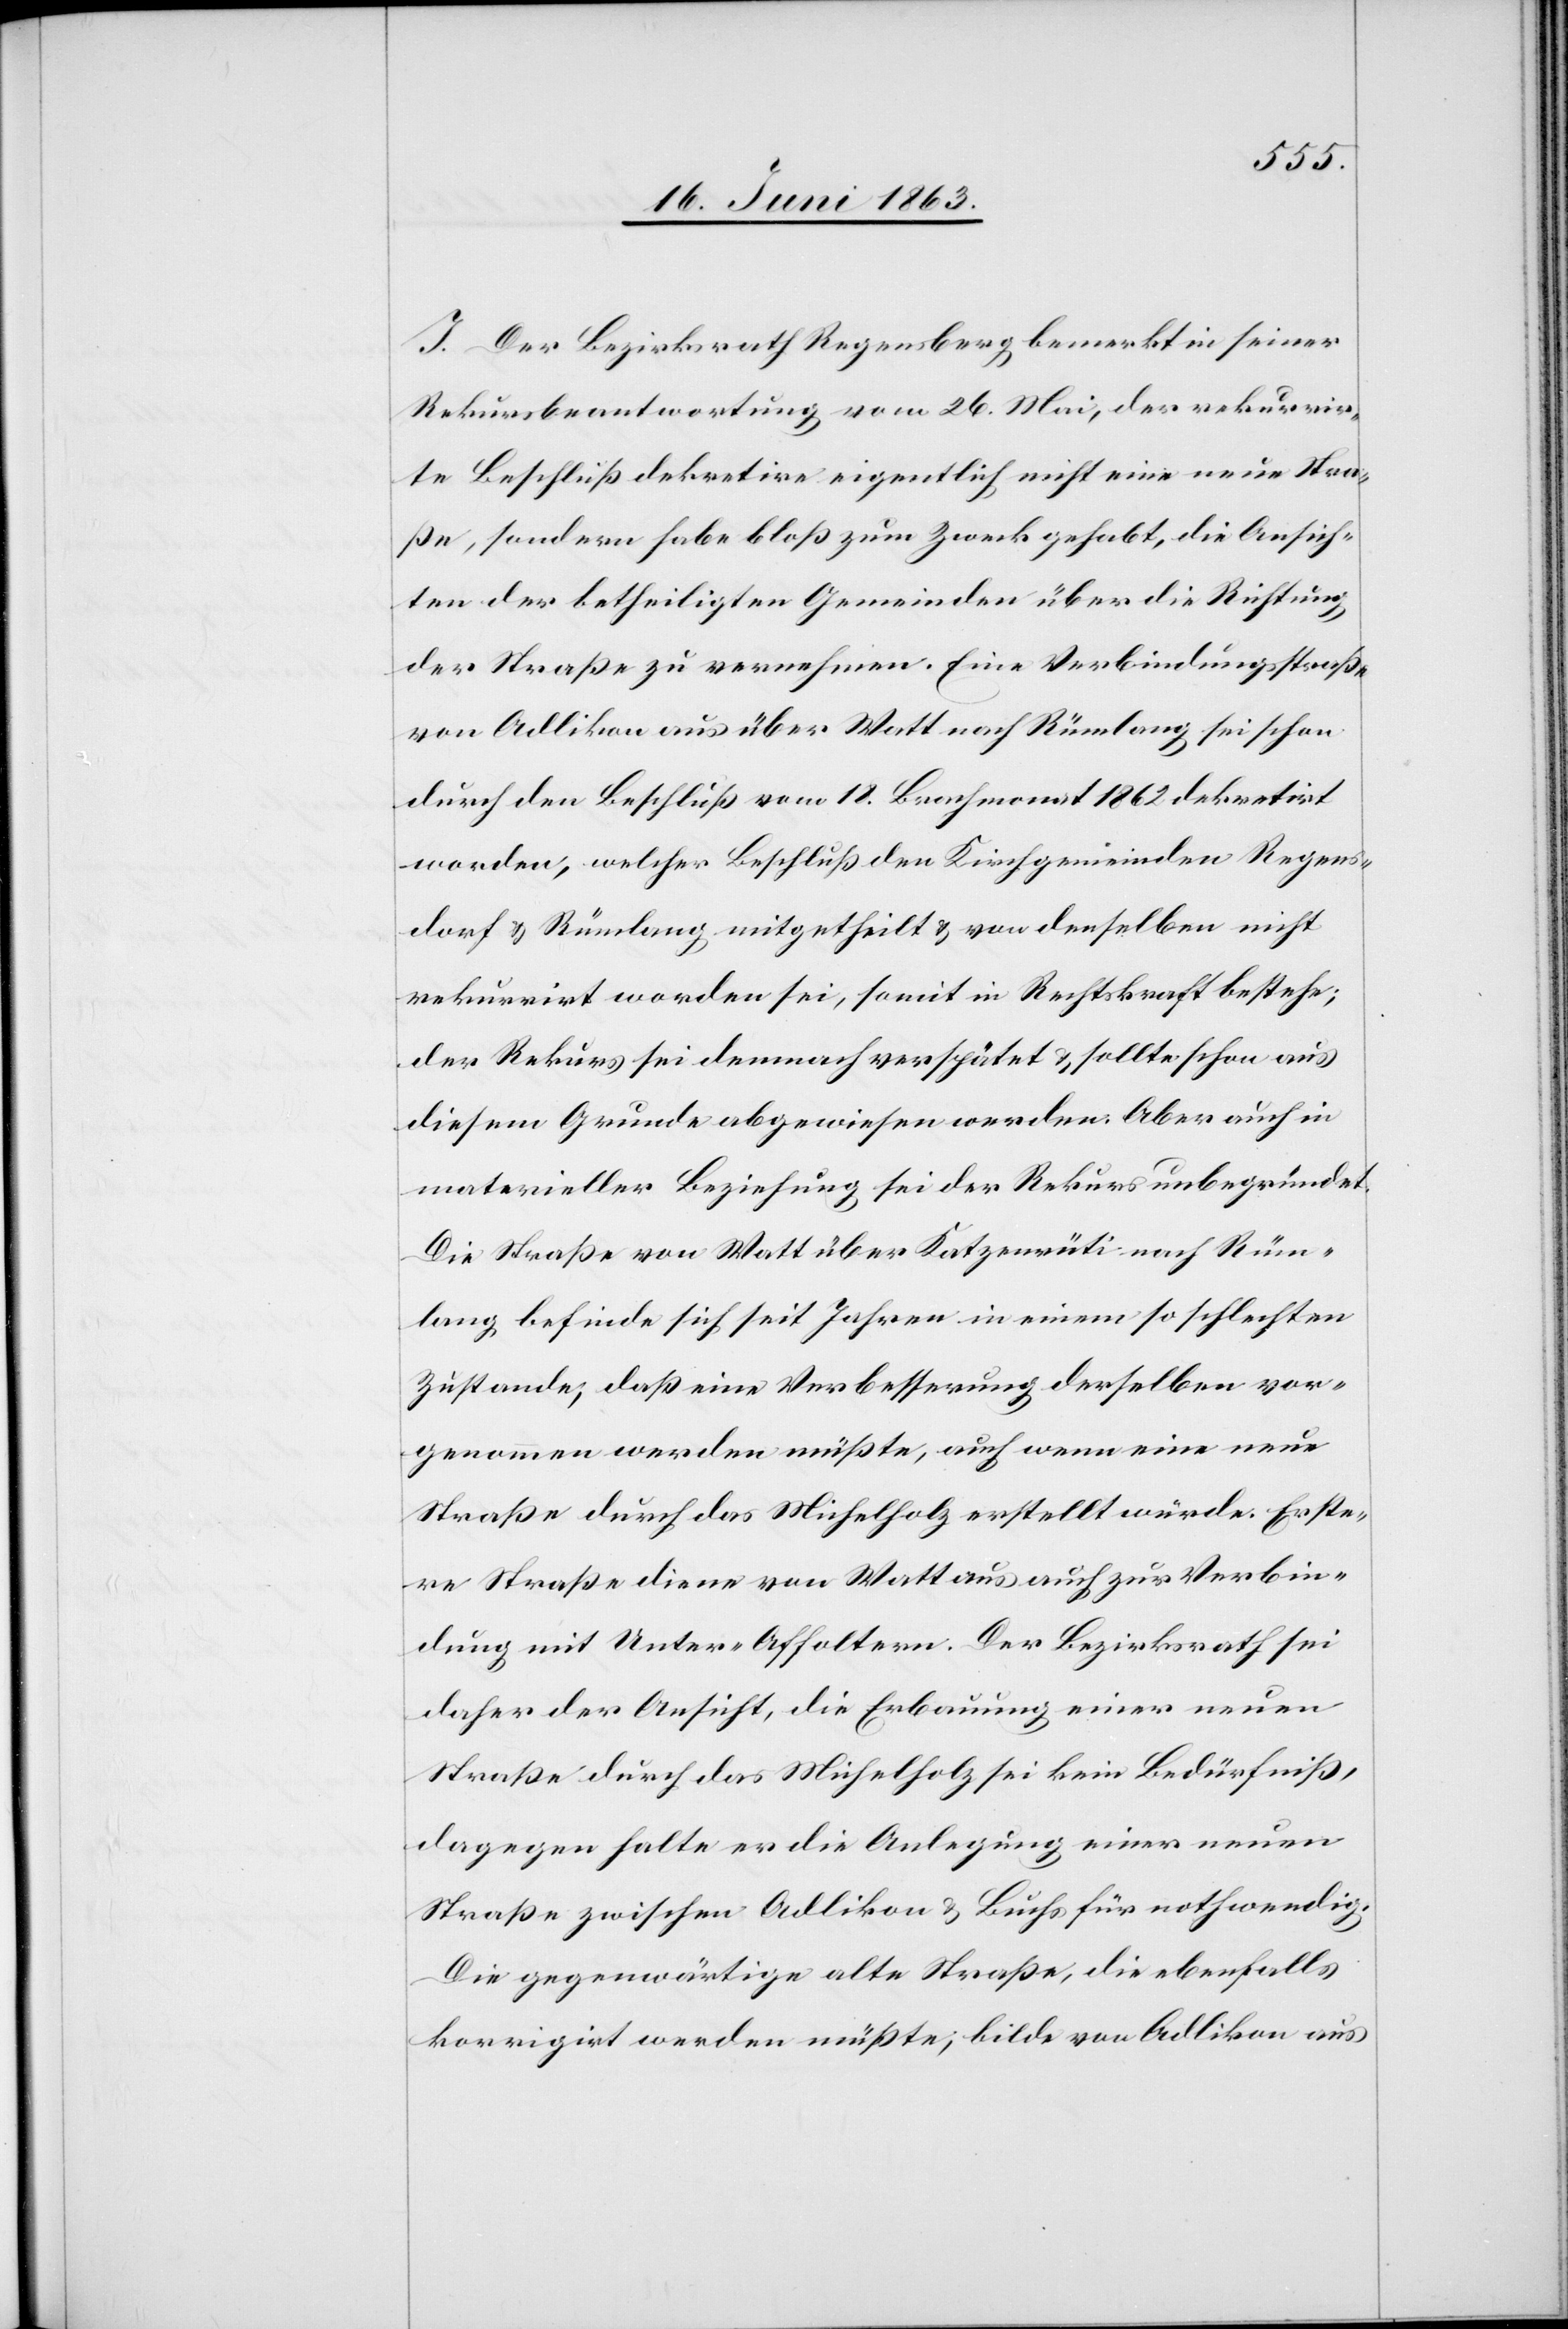
I. Der Bezirksrath Regensberg bemerkt in seiner
Rekursbeantwortung vom 26. Mai, der rekurrir¬
te Beschluß dekretire eigentlich nicht eine neue Stra¬
ße, sondern habe bloß zum Zweck gehabt, die Ansich¬
ten der betheiligten Gemeinden über die Richtung
der Straße zu vernehmen. Eine Verbindungsstraße
von Adlikon aus über Watt nach Rümlang sei schon
durch den Beschluß vom 18. Brachmonat 1862 dekretirt
worden, welcher Beschluß den Kirchgemeinden Regens¬
dorf & Rümlang mitgetheilt & von denselben nicht
rekurrirt worden sei, somit in Rechtskraft bestehe;
der Rekurs sei demnach verspätet & sollte schon aus
diesem Grunde abgewiesen werden. Aber auch in
materieller Beziehung sei der Rekurs unbegründet.
Die Straße von Watt über Katzenrüti nach Rüm¬
lang befinde sich seit Jahren in einem so schlechten
Zustande, daß eine Verbesserung derselben vor¬
genommen werden müßte, auch wenn eine neue
Straße durch das Michelholz erstellt würde. Erste¬
re Straße diene von Watt aus auch zur Verbin¬
dung mit Unter-Affoltern. Der Bezirksrath sei
daher der Ansicht, die Erbauung einer neuen
Straße durch das Michelholz sei kein Bedürfniß,
dagegen halte er die Anlegung einer neuen
Straße zwischen Adlikon & Buchs für nothwendig.
Die gegenwärtige alte Straße, die ebenfalls
korrigirt werden müßte, bilde von Adlikon aus